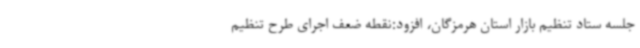
جلسه ستاد تنظیم بازار استان هرمزگان، افزود:نقطه ضعف اجرای طرح تنظیم